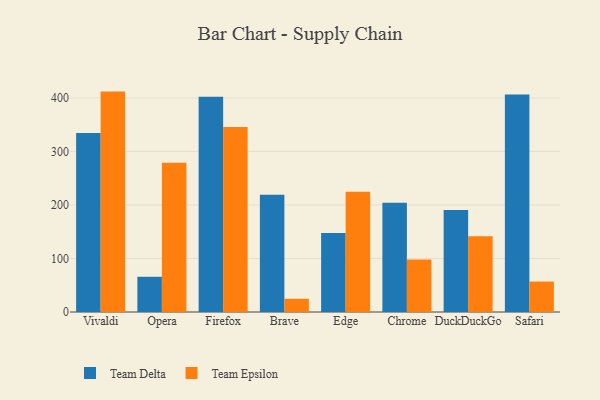
{"axis": {"x": "Browser", "y": "Demand Index"}, "legend": ["Team Delta", "Team Epsilon"], "data": [{"x": "Vivaldi", "y": 334.4, "type": "Team Delta"}, {"x": "Vivaldi", "y": 411.8, "type": "Team Epsilon"}, {"x": "Opera", "y": 65.8, "type": "Team Delta"}, {"x": "Opera", "y": 279.0, "type": "Team Epsilon"}, {"x": "Firefox", "y": 402.2, "type": "Team Delta"}, {"x": "Firefox", "y": 345.6, "type": "Team Epsilon"}, {"x": "Brave", "y": 218.9, "type": "Team Delta"}, {"x": "Brave", "y": 24.7, "type": "Team Epsilon"}, {"x": "Edge", "y": 147.4, "type": "Team Delta"}, {"x": "Edge", "y": 224.6, "type": "Team Epsilon"}, {"x": "Chrome", "y": 204.0, "type": "Team Delta"}, {"x": "Chrome", "y": 98.0, "type": "Team Epsilon"}, {"x": "DuckDuckGo", "y": 190.8, "type": "Team Delta"}, {"x": "DuckDuckGo", "y": 141.4, "type": "Team Epsilon"}, {"x": "Safari", "y": 406.4, "type": "Team Delta"}, {"x": "Safari", "y": 56.9, "type": "Team Epsilon"}]}